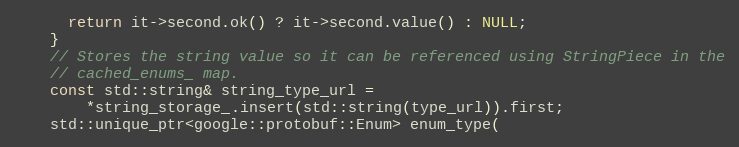
Language: C++
      return it->second.ok() ? it->second.value() : NULL;
    }
    // Stores the string value so it can be referenced using StringPiece in the
    // cached_enums_ map.
    const std::string& string_type_url =
        *string_storage_.insert(std::string(type_url)).first;
    std::unique_ptr<google::protobuf::Enum> enum_type(